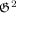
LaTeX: { \mathfrak { G } } ^ { 2 }